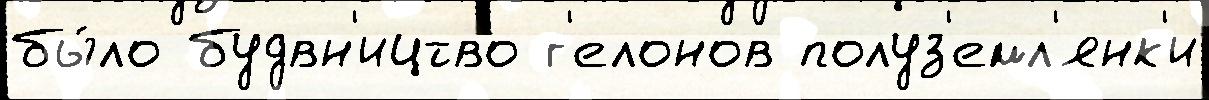
бы́ло будвн'ицтво г'елонов полуз'емл'янк'и